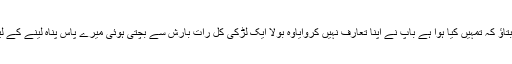
مجھے بتاؤ کہ تمہیں کیا ہوا ہے باپ نے اپنا تعارف نہیں کروایاوہ بولا ایک لڑکی کل رات بارش سے بچتی ہوئی میرے پاس پناہ لینے کے لیے آئی۔